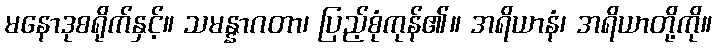
မနောဒုစရိုက်နှင့်။ သမန္နာဂတာ၊ ပြည့်စုံကုန်၏။ အရိယာနံ၊ အရိယာတို့ကို။